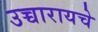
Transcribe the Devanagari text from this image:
उच्चारायचे